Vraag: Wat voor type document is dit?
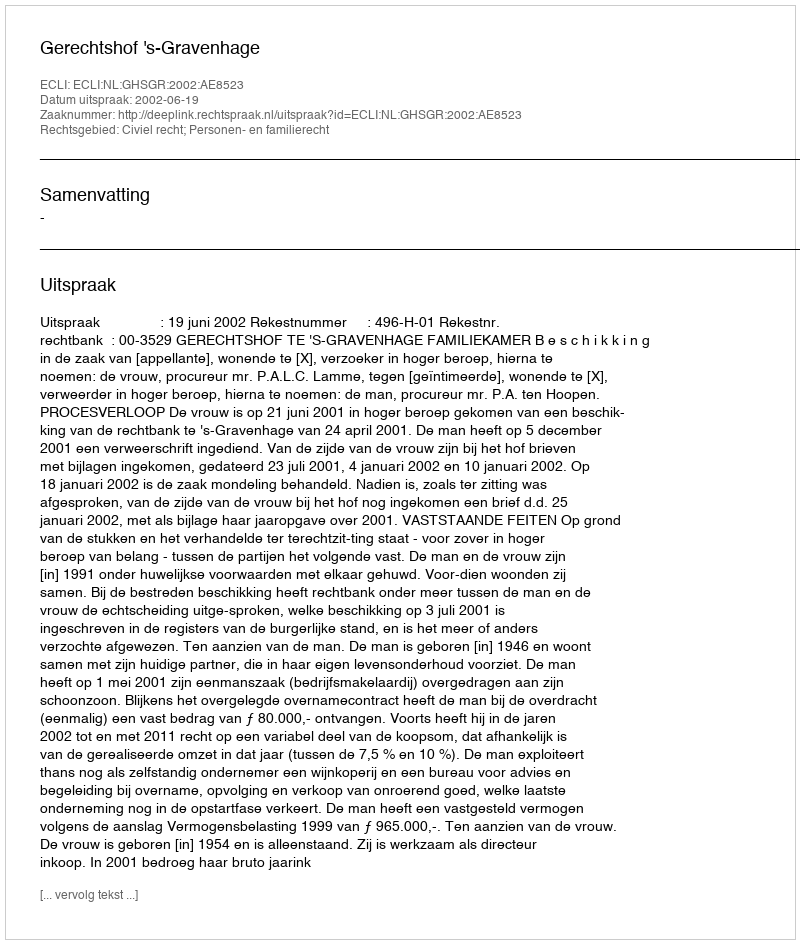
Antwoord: Uitspraak